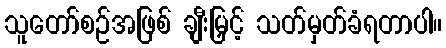
သူတော်စဉ်အဖြစ် ချီးမြှင့် သတ်မှတ်ခံရတာပါ။